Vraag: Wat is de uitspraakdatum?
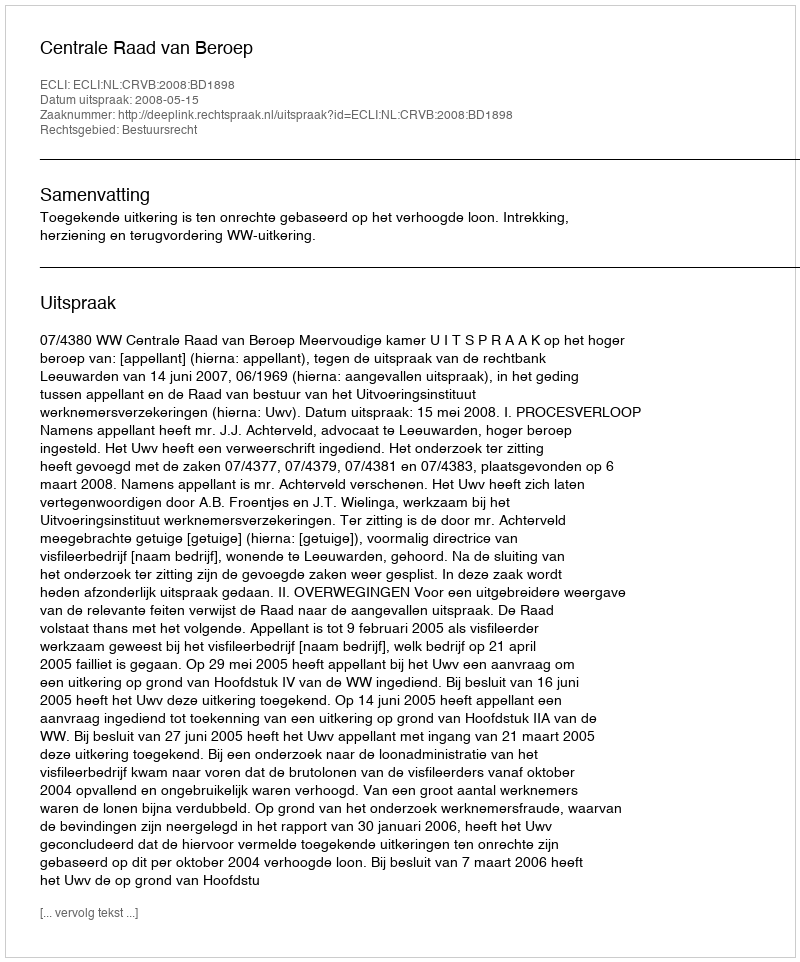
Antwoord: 2008-05-15